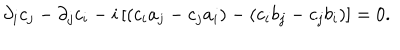
LaTeX: \partial _ { i } c _ { j } - \partial _ { j } c _ { i } - i \left[ ( c _ { i } a _ { j } - c _ { j } a _ { i } ) - ( c _ { i } b _ { j } - c _ { j } b _ { i } ) \right] = 0 .